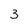
Character: 3